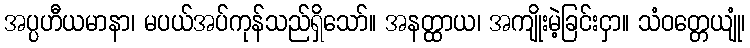
အပ္ပဟီယမာနာ၊ မပယ်အပ်ကုန်သည်ရှိသော်။ အနတ္ထာယ၊ အကျိုးမဲ့ခြင်းငှာ။ သံဝတ္တေယျုံ၊